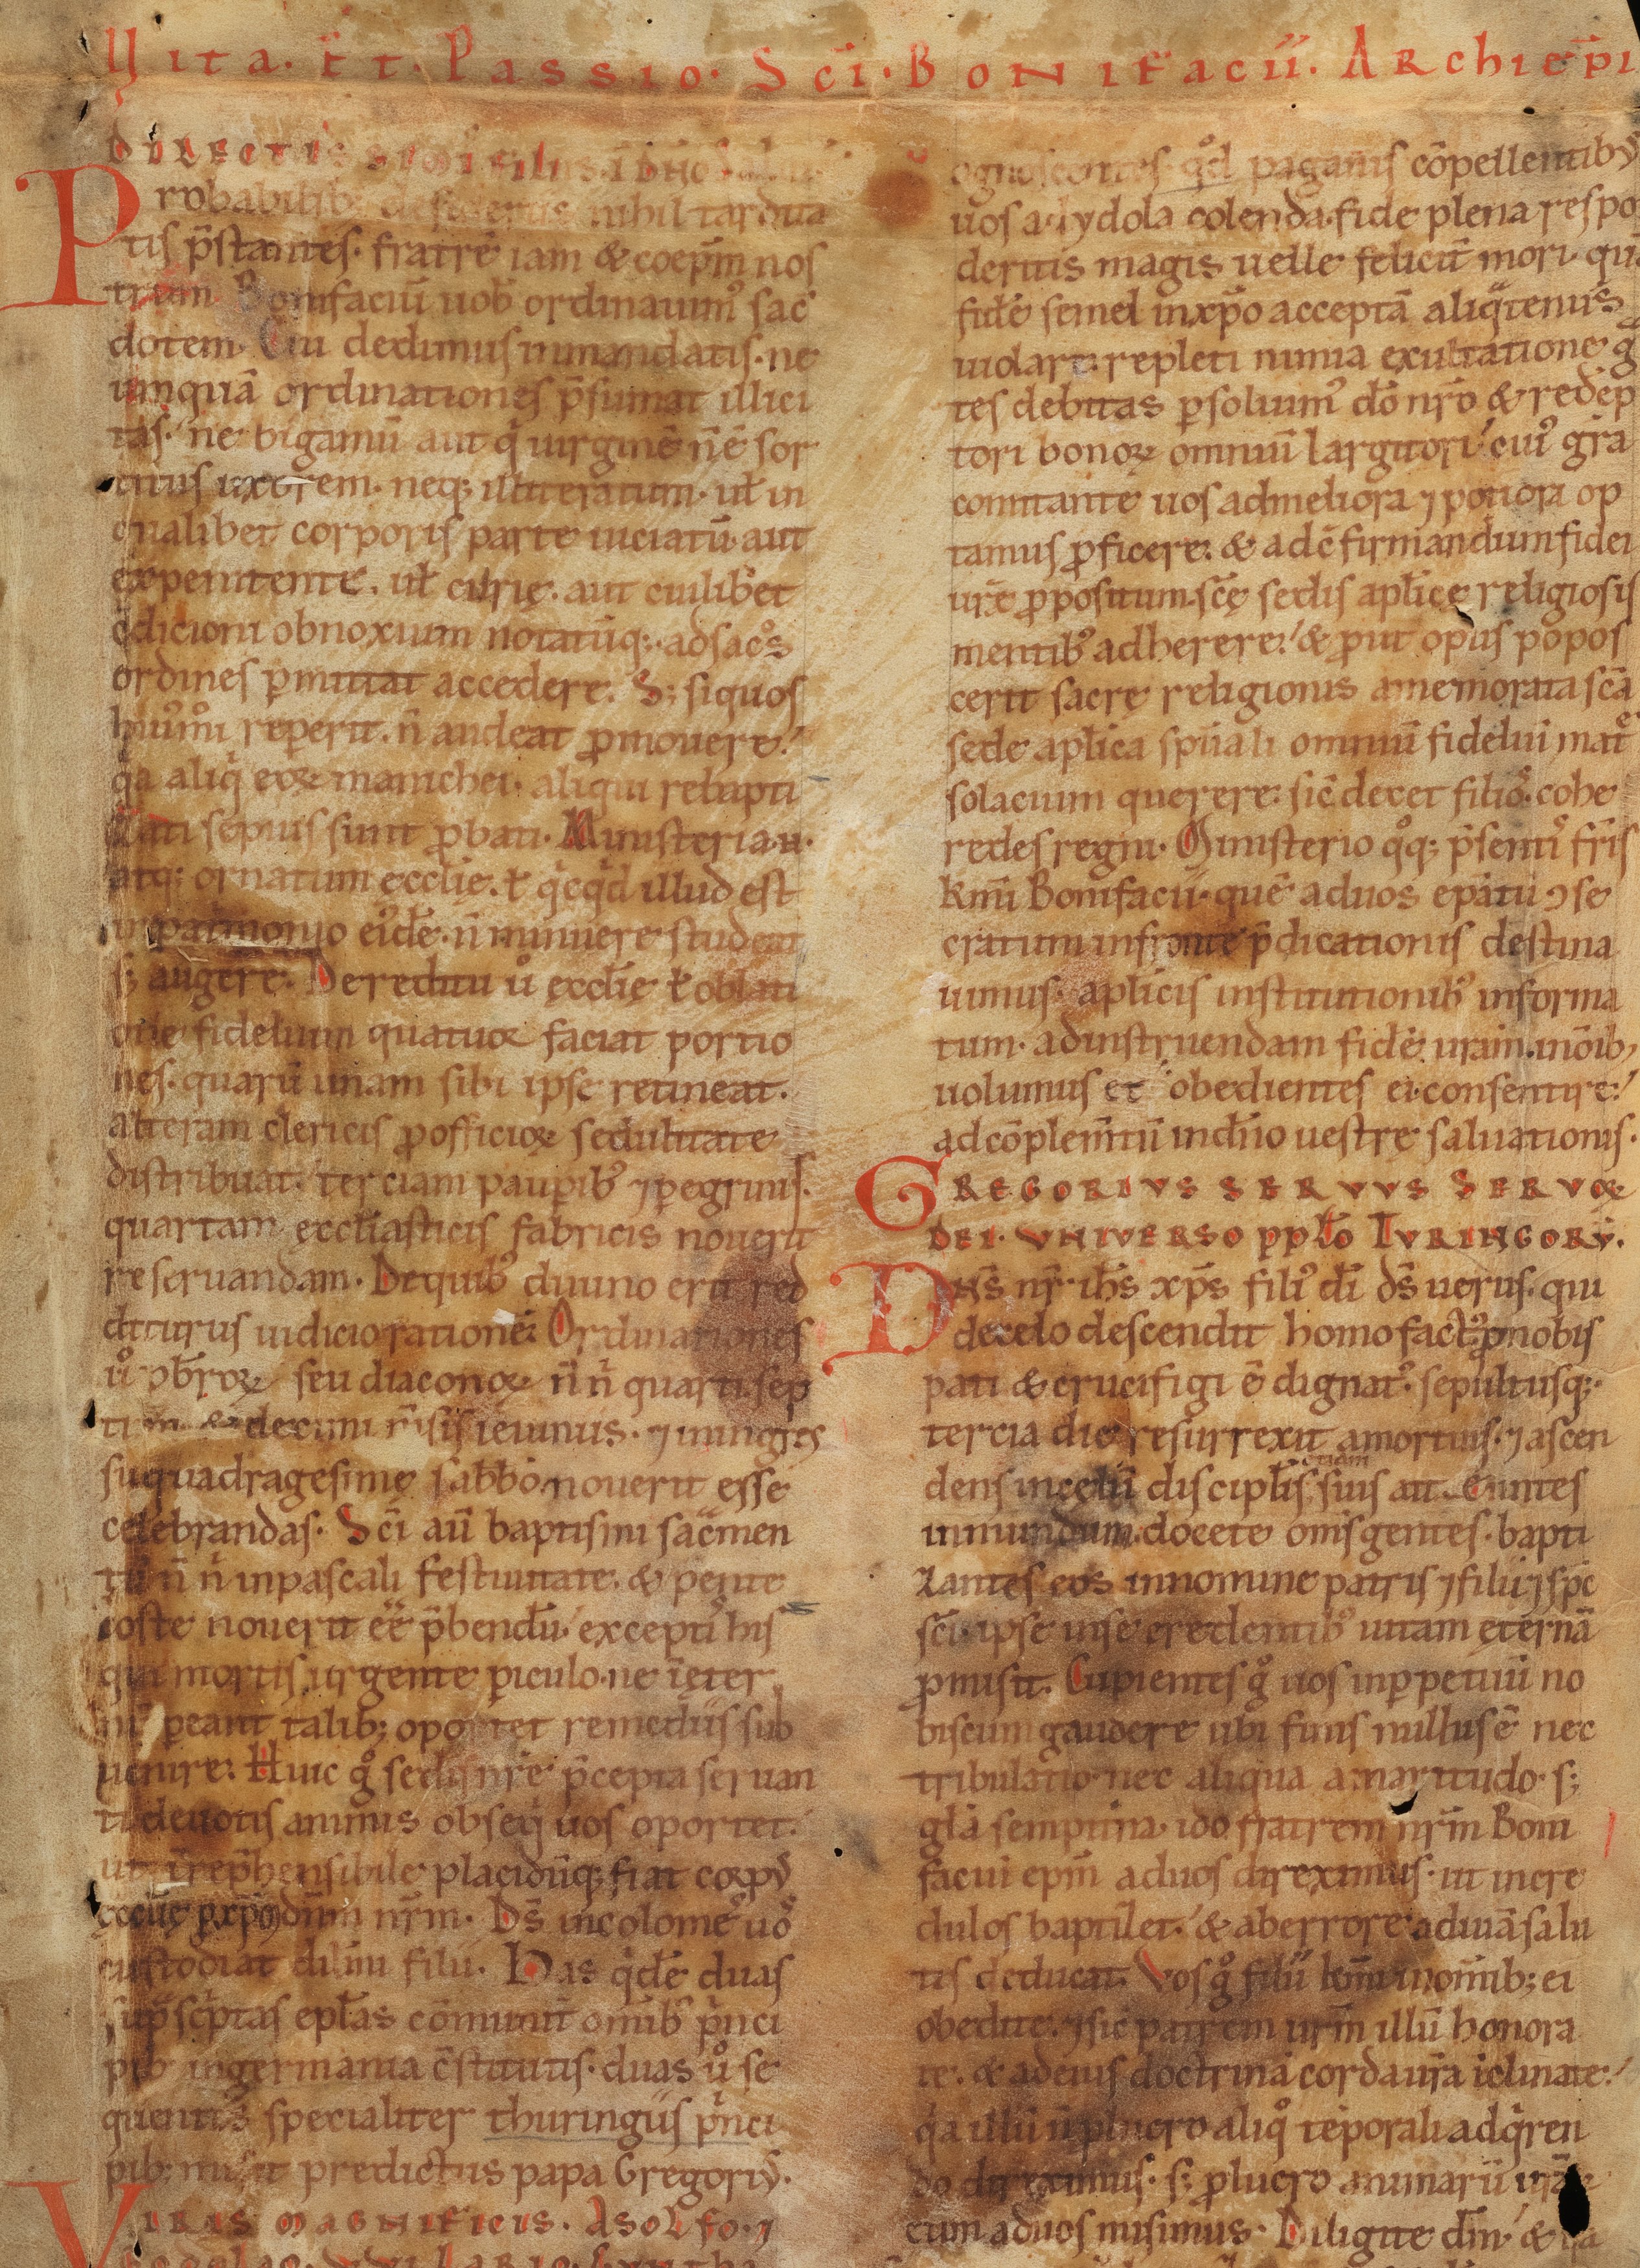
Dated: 1140–1170